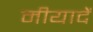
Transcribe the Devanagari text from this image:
मीयादें